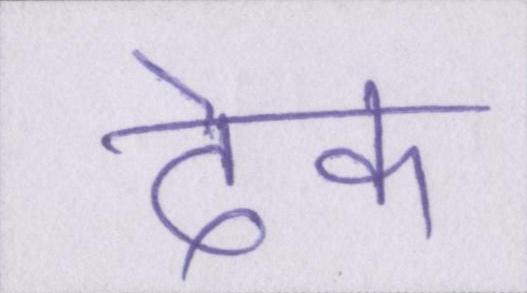
देक